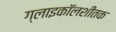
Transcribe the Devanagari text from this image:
ग्लाइकॉलशीतक